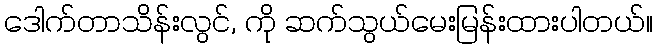
ဒေါက်တာသိန်းလွင်, ကို ဆက်သွယ်မေးမြန်းထားပါတယ်။